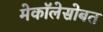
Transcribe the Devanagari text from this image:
मेकॉलेसोबत